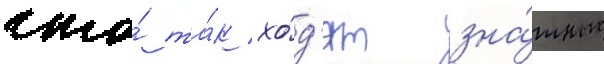
что́ та́к хо́д'ят зна́тные